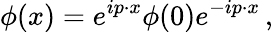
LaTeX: \phi(x)=e^{ip\cdot x}\phi(0)e^{-ip\cdot x}\, ,